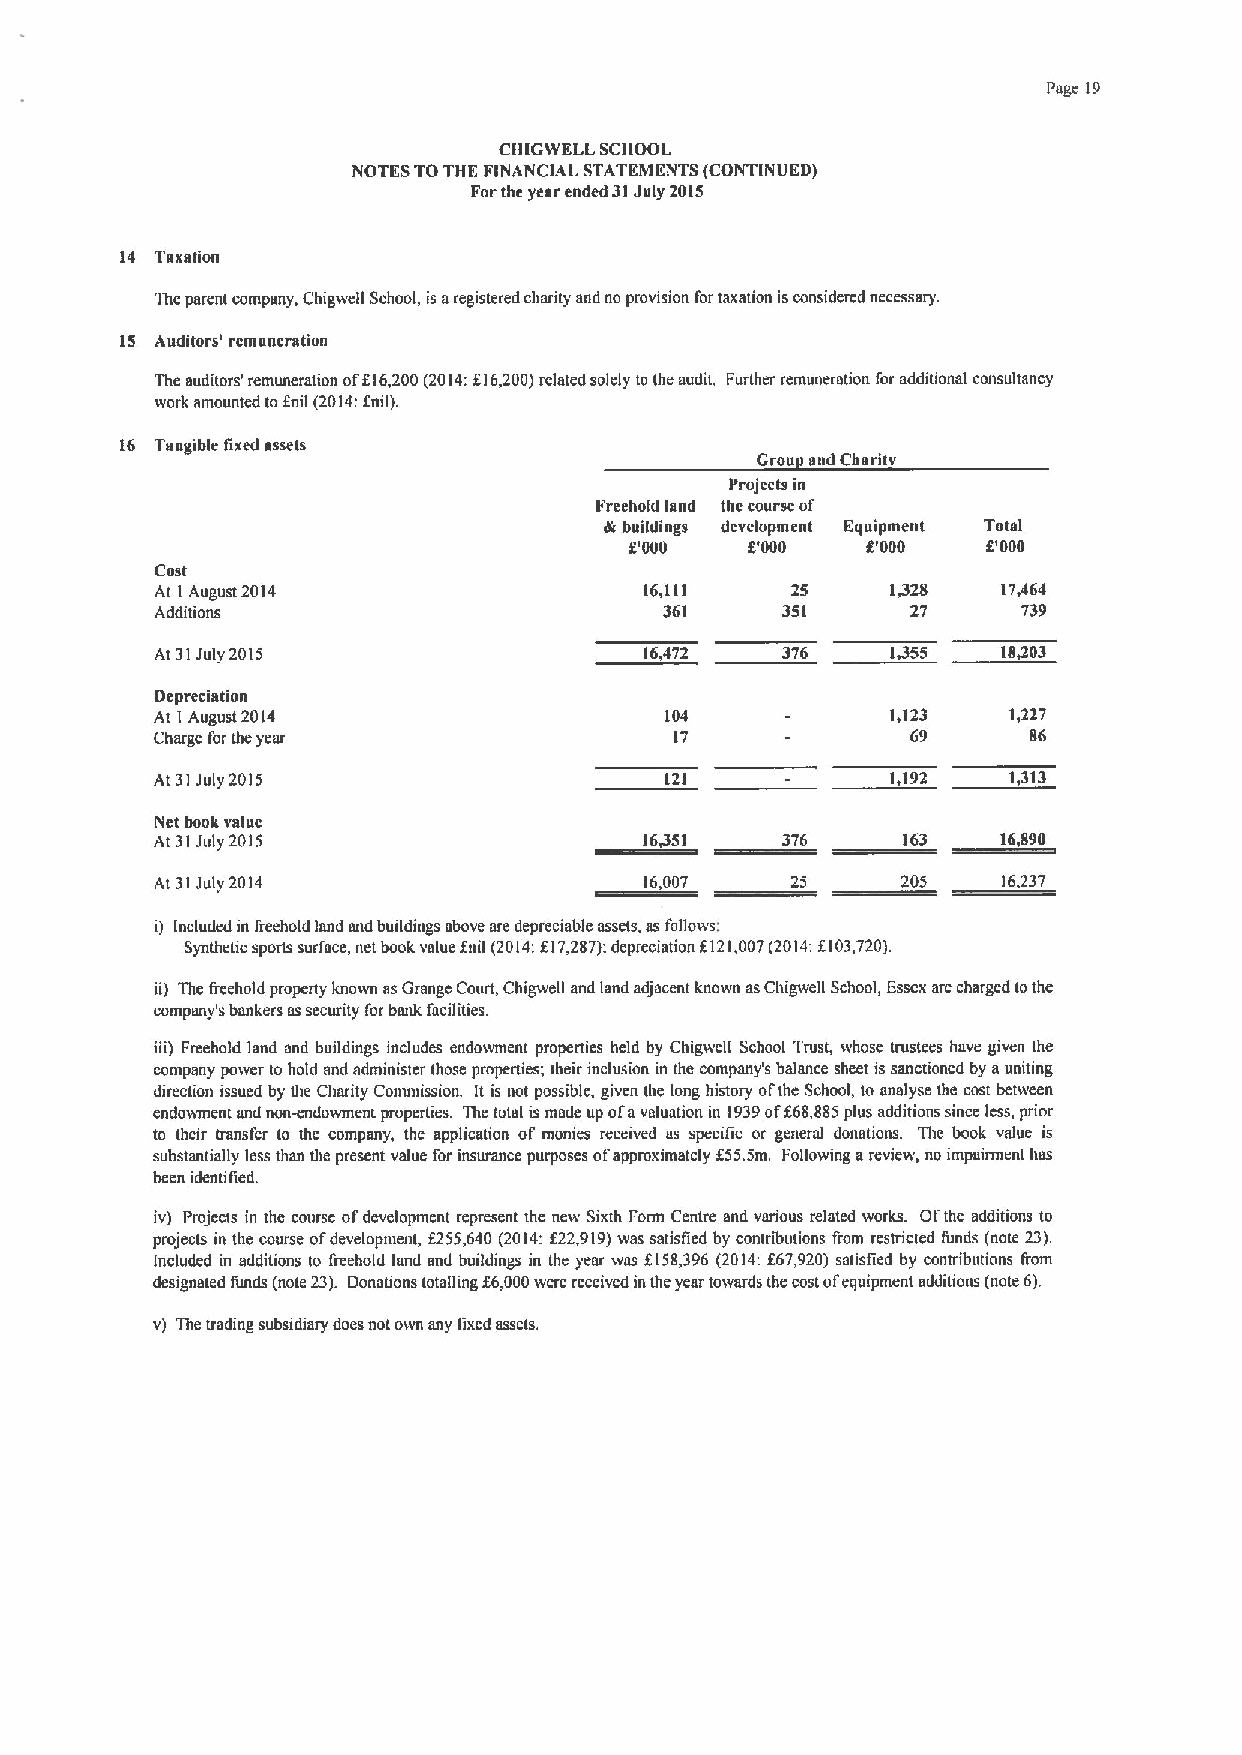
Puge 19
 CIIIGWELL SCHOOL
 NOTES TOTHE FINANCIAL STATEMENTS (CONTINUED)
 Forthe year ended 31July 2015
 14 Taxation
 The parent company, Chigwell School, is aregistered charity and no provision fortaxation isconsidered necessary.
 IS Auditors' remuneration
 The auditors' remuneraiion
 off16,200(2014:f
 16,200)related solely to the audit. Further remuneration for addiuonal consultancy
 work amounted tofnil (2014:fnil).
 16 Tangible fixed assets
 Grou snd Charit
 Pro)acts m
 Freehold land the course of
 di buildings development Equipment Total
 f'000   f'000  f'000   f'000
 Cost
 At IAugust 2014                  16,111   25     1,328  17,464
 Additions                         361     351     27      739
 At 31July 2015                   16,472   376    1,355  18,203
 Depreciation
 At I August 2014                  104            1,123   1,227
 Charge for the year                17             69      86
 At 31July 2015                    121            1,192   1,313
 Net book value
 At 31July 2015                   16351    376     163   16,090
 At 31July 2014                   16,007   25      205   16,237
 i) Included in freehold land and buildings above are depreciable assets, as follows:
 Synthetic sports surface, net book value f nil (2014:f 17287);depreciation f 121007(2014:f103720).
 ii) The frcchold property known asGrange Court, Chigwell and land adjacent known asChigwell School, Essex are charged tothe
 company's bankers assecurity forbank facilities.
 iii) Freehold land and buddings mcludes endowment properties held by Chigwell School Trust, whose trustees have given the
 company power to hold and administer those properties; their mclusion m the company's balance sheet is sanctioned by auniting
 direction issued by tbe Charity Commission. It is not possible, given the long history of'the School, to analyse the cost between
 endowment nnd non-endowment properties. The total is made up ofavaluation in 1939off68,885plus additions since less, prior
 to their transfer to the company, the application of monies received as specific or general donations. Thc book value is
 substantially less than tbe present value for insurance purposes ofapproximately f55.5m, Following areview, no impairment has
 been identified.
 iv) projects in the course ofdevelopment represent the new Sixth Form Centre and various related works. Ofthe additions to
 projects in the course ofdevelopment, f255,640 (2014:f22,919)was satisfied by contributions from restrimed funds (note 23).
 Included in additions to &eehold land and buildings in the year was f158,396 (2014:f67,920) sausfied by contributions from
 designated funds (note 23). Donations totalhng f6,000were received inIheyear toivards the costofequipment additions (note 6).
 v) The trading subsidiary does not own any fixed assets.